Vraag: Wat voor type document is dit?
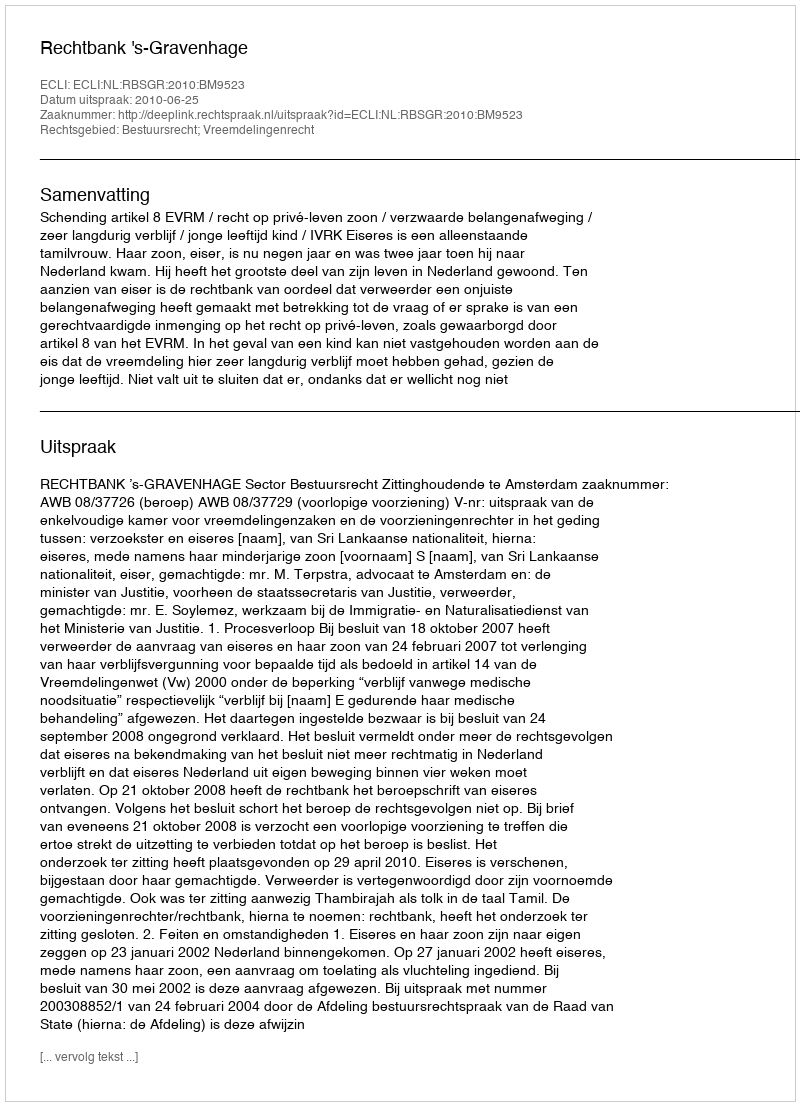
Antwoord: Uitspraak